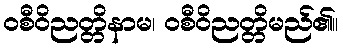
ဝစီဝိညတ္တိနာမ၊ ဝစီဝိညတ္တိမည်၏။